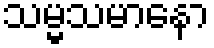
သမ္မသမာနော